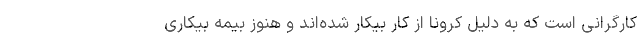
کارگرانی است که به دلیل کرونا از کار بیکار شده‌اند و هنوز بیمه بیکاری